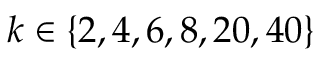
k \in \{ 2 , 4 , 6 , 8 , 2 0 , 4 0 \}